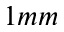
1 m m